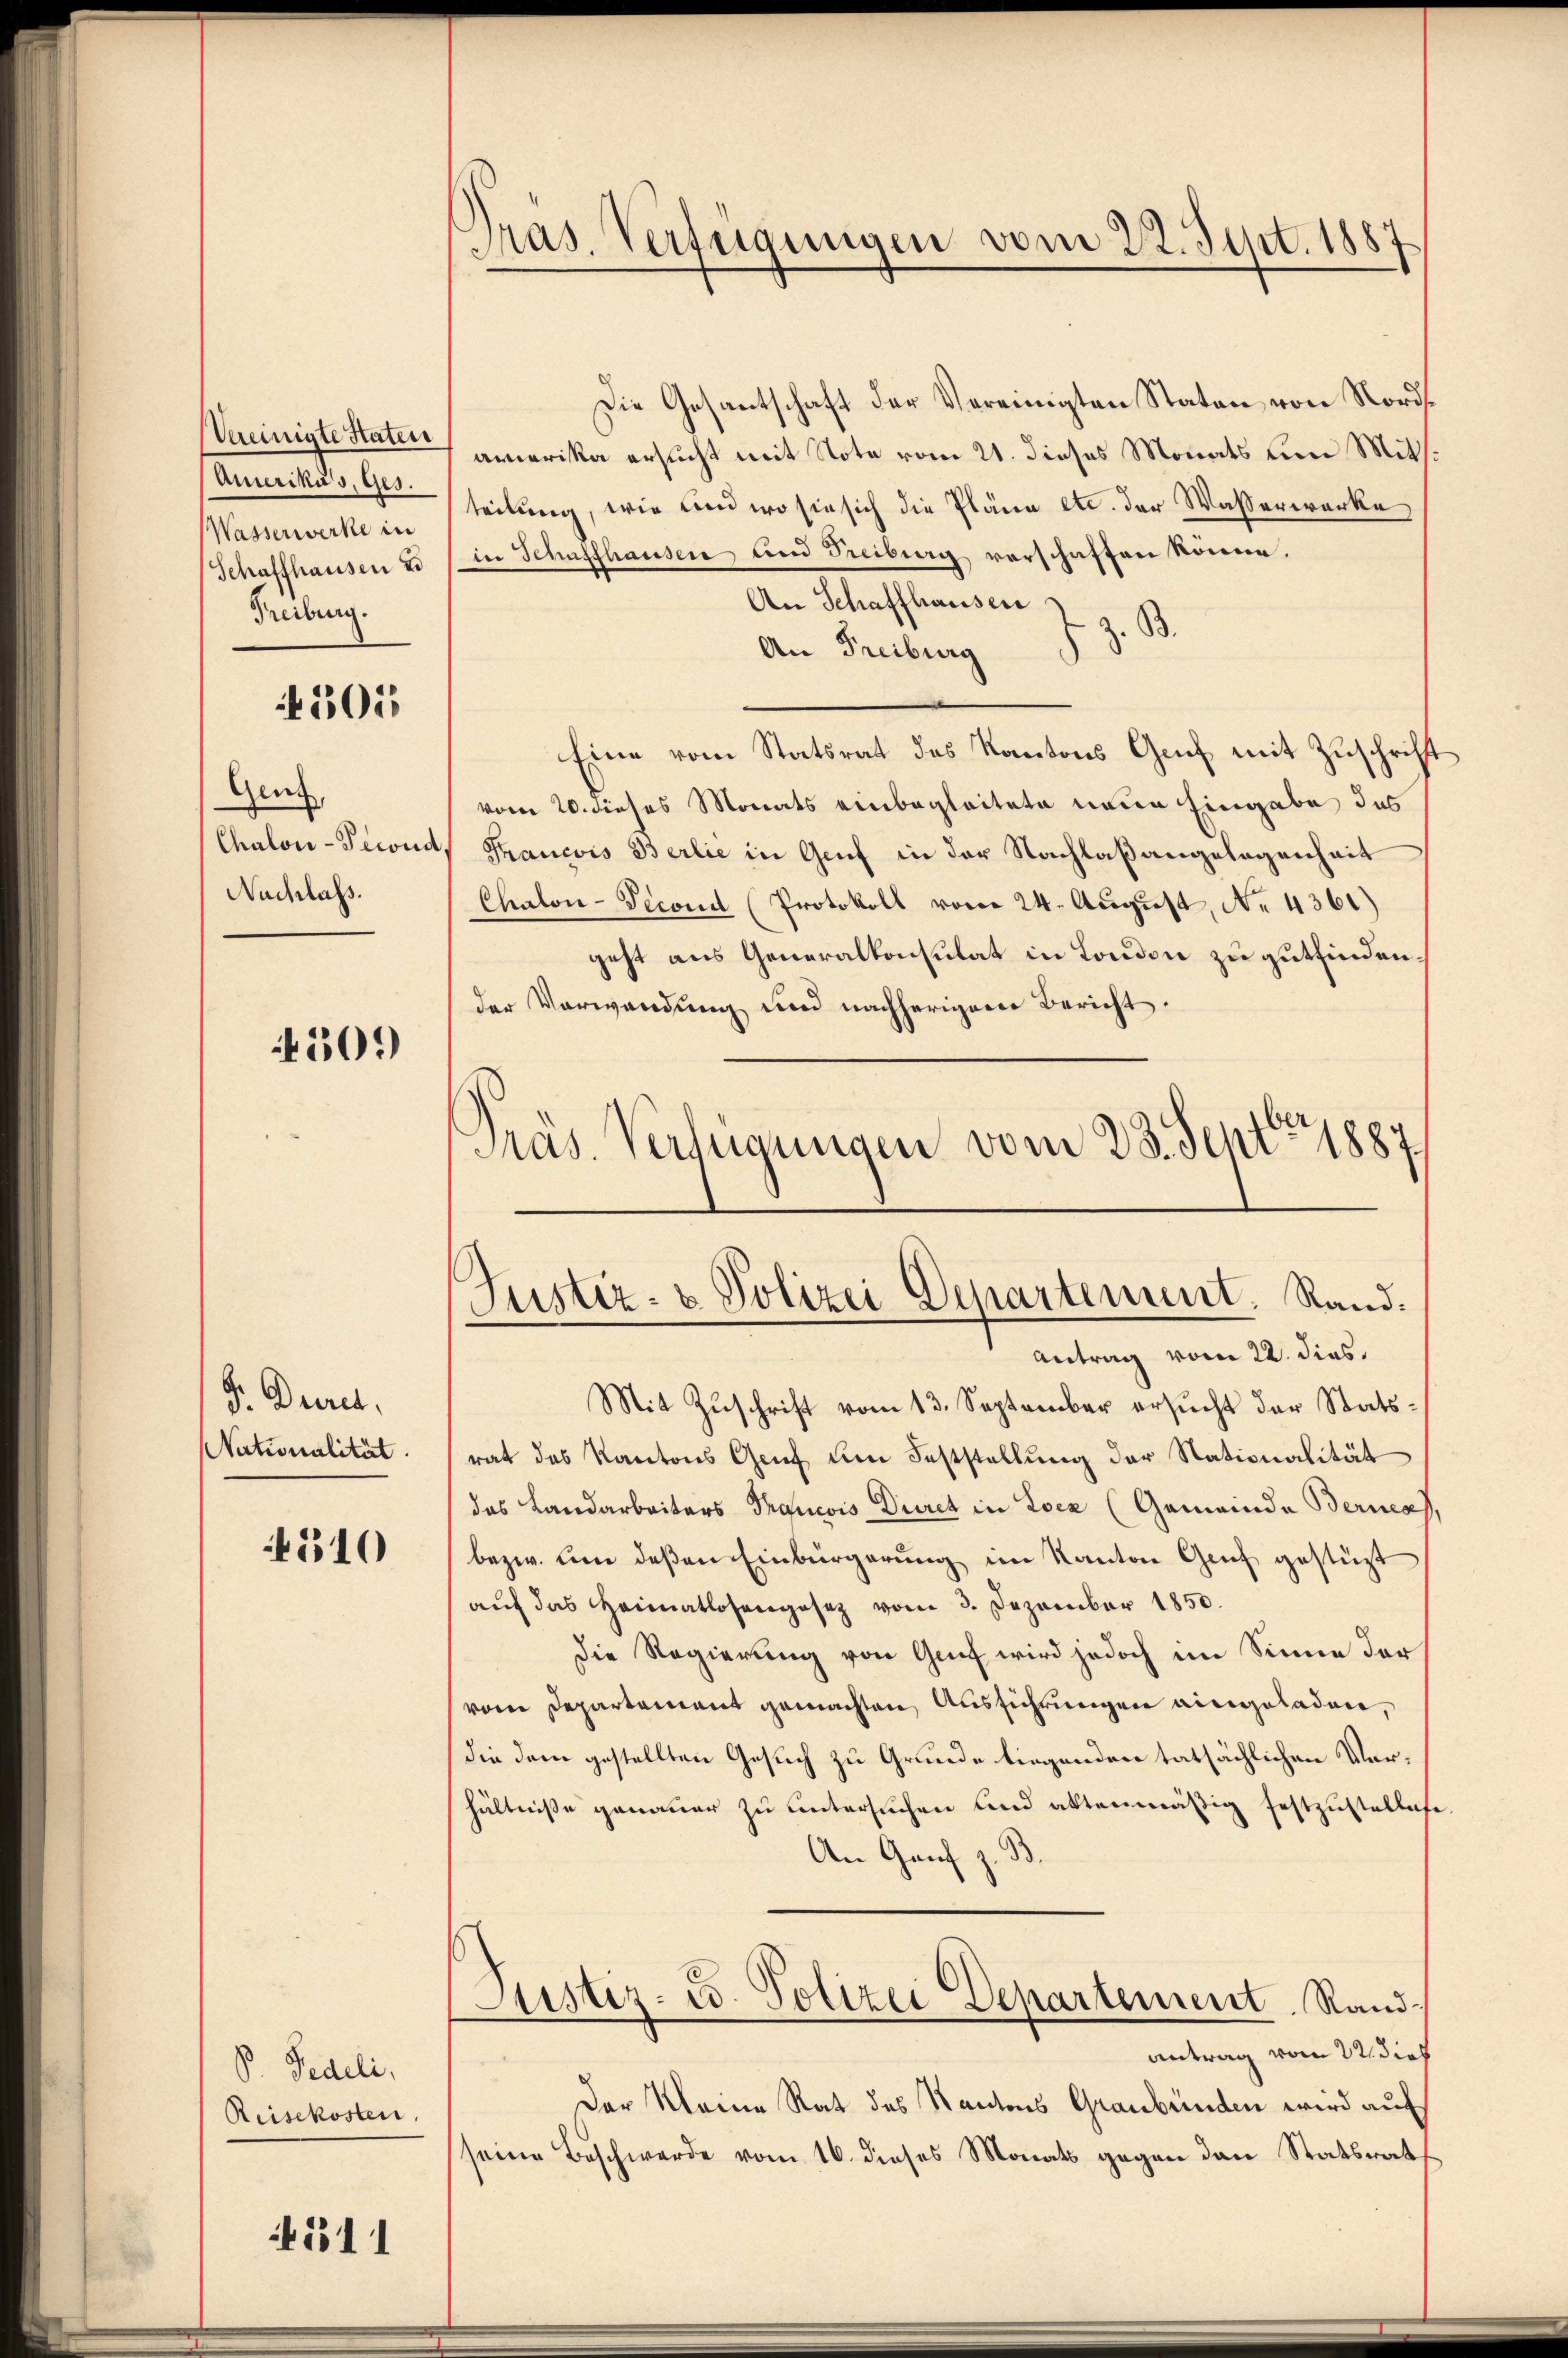
Weeinigte Staten
Amerikus, Ges.
Wasserwerke in
Schaffhausen u
Treiburg.

305

Genf,
Chalon-Pecond
Nachlass.

4301)

F. Duret,
Nationalität.

510

P. Pedeli,
Reisekosten.

41311

Pras. Verfügungen vom 22. Sept. 1887

Die Gesantschaft der Vereinigten Staten von Nordamerika ersucht mit Note vom 21. dieses Monats um Mitsteilung, wie und wo sie sich die Pläne etc. der Wasserwerke
in Schaffhauser, und Freiburg verschaften könne.
An Schaffhausen
z. B.
An Freiburg
Eine vom Statsrat des Kantons Genf mit Zuschrift
vom 20. dieses Monats einbegleitete neue Eingabe des
Tancois Berlie in Genf in der Nachlaßangelegenheit
Chalon-Tecond (Protokoll vom 24. August, No. 4361)
geht aus Generalkonsulat in London zu gutfinden.
der Verwendung und nachherigene Bericht.
Mit Zuschrift vom 13. September ersucht der Statsrat des Kantons Genf um Feststellung der Nationalität
das Landarbeiters Prancois Diret in Loca (Gemeinde Bernes),
bezw. um deßen Einbürgerung im Kanton Genf gestüzt
aŭf das Heimatlosengesez vom 3. Dezember 1850.
Die Regierung von Genf wird jedoch im Sinne der
vom Departement gemachten Ausführungen eingeladen,
die dem gestellten Gesuch zu Grunde liegenden tatsächlichen Vorhältniße genauer zu untersuchen und altenmäßig festzustelliche
An Genf z. B.
Justiz- u. Polizei Departement. Randantrag vom 22. dies
Der Kleine Rat des Kantons Graubünden wird auf
seine Beschwerde vom 16. dieses Monats gegen den Statsrat

Präs. Verfügungen vom 25. Senti 1887
Justiz- & Polizei Departement. Rand.
Antrag vom 22. dies